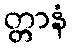
တ္တာနံ